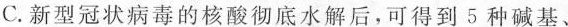
C.新型冠状病毒的核酸彻底水解后，可得到5种碱基、